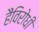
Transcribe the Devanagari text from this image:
हैंविरोधी